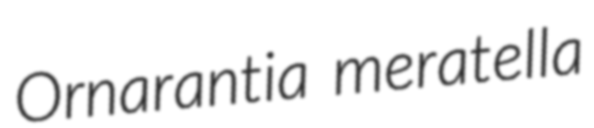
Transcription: Ornarantia meratella